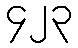
၄၂၃